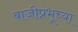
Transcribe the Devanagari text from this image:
बाजीप्रभूच्या